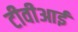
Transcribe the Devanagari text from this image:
टीवीआई